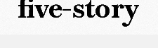
five-story